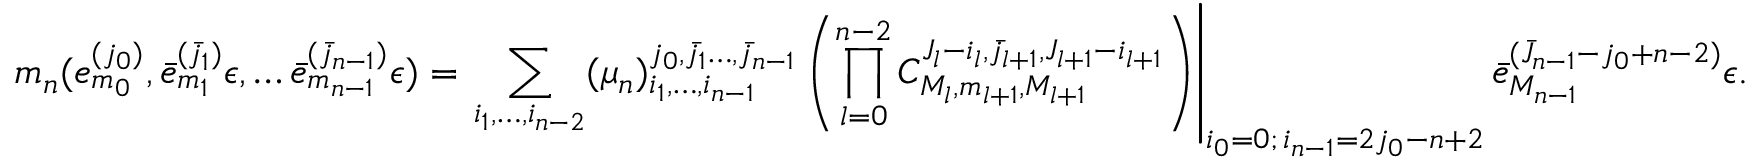
m _ { n } ( e _ { m _ { 0 } } ^ { ( j _ { 0 } ) } , \bar { e } _ { m _ { 1 } } ^ { ( \bar { j } _ { 1 } ) } \epsilon , \dots \bar { e } _ { m _ { n - 1 } } ^ { ( \bar { j } _ { n - 1 } ) } \epsilon ) = \left. \sum _ { i _ { 1 } , \dots , i _ { n - 2 } } ( \mu _ { n } ) _ { i _ { 1 } , \dots , i _ { n - 1 } } ^ { j _ { 0 } , \bar { j } _ { 1 } \dots , \bar { j } _ { n - 1 } } \left( \prod _ { l = 0 } ^ { n - 2 } C _ { M _ { l } , m _ { l + 1 } , M _ { l + 1 } } ^ { J _ { l } - i _ { l } , \bar { j } _ { l + 1 } , J _ { l + 1 } - i _ { l + 1 } } \right) \right| _ { \substack { i _ { 0 } = 0 ; \, i _ { n - 1 } = 2 j _ { 0 } - n + 2 } } \bar { e } _ { M _ { n - 1 } } ^ { ( \bar { J } _ { n - 1 } - j _ { 0 } + n - 2 ) } \epsilon .